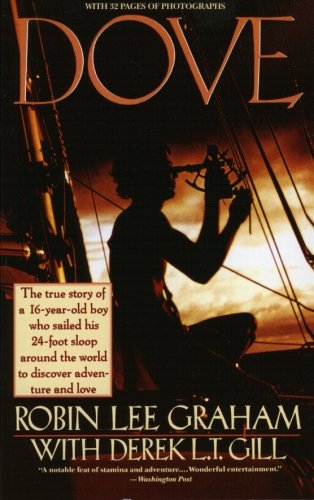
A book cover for Dove; Robin L. Graham; Teen & Young Adult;